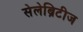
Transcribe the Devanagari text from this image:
सेलेब्रिटीज